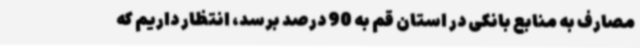
مصارف به منابع بانکی در استان قم به 90 درصد برسد، انتظار داریم که